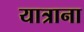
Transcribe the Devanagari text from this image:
यात्राना